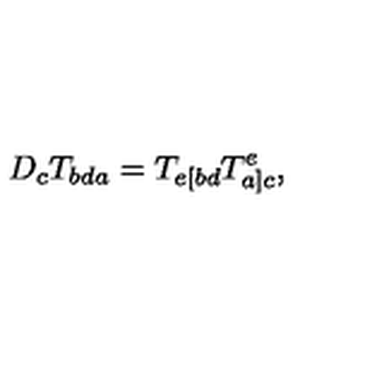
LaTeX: D _ { c } T _ { b d a } = T _ { e [ b d } T _ { a ] c } ^ { e } ,